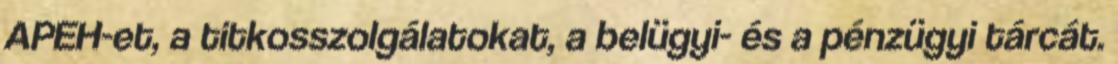
APEH-et, a titkosszolgálatokat, a belügyi- és a pénzügyi tárcát.